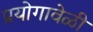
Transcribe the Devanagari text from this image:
प्रयोगावेळी